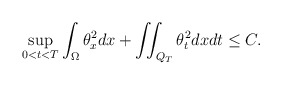
\begin{align*}\sup\limits_{0<t<T}\int_\Omega \theta_x^2dx+\iint_{Q_T} \theta_t^2dxdt\leq C.\end{align*}